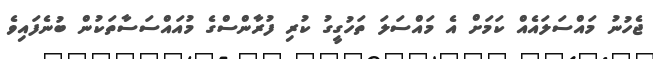
ޖެހުނު މައްސަލައެއް ކަމަށް އެ މައްސަލަ ތަހުގީގު ކުރި ފުރާންސްގެ މުއައްސަސާތަކުން ބުނެފައިވެ